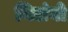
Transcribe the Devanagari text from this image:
निलंबो